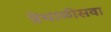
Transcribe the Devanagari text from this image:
त्रेचाळीसवा